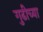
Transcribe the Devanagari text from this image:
गुढीच्या